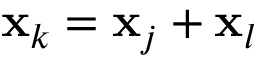
\mathbf { x } _ { k } = \mathbf { x } _ { j } + \mathbf { x } _ { l }